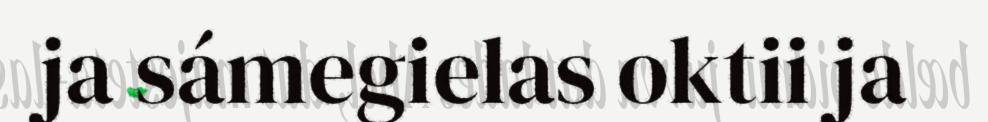
ja sámegielas oktii ja